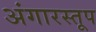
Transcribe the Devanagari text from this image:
अंगारस्तूप